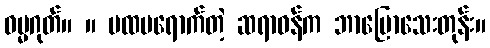
ဓမ္မဂုတ်။ ။ ပထမရောက်တဲ့ ဆရာဝန်က ဘာပြောသေးတုန်း။